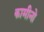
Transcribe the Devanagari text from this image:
कामीनो